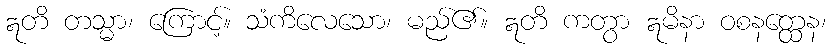
ဣတိ တသ္မာ၊ ကြောင့်။ သံကိလေသော၊ မည်၏။ ဣတိ ကတွာ ဣမိနာ ဝစနတ္ထေန၊